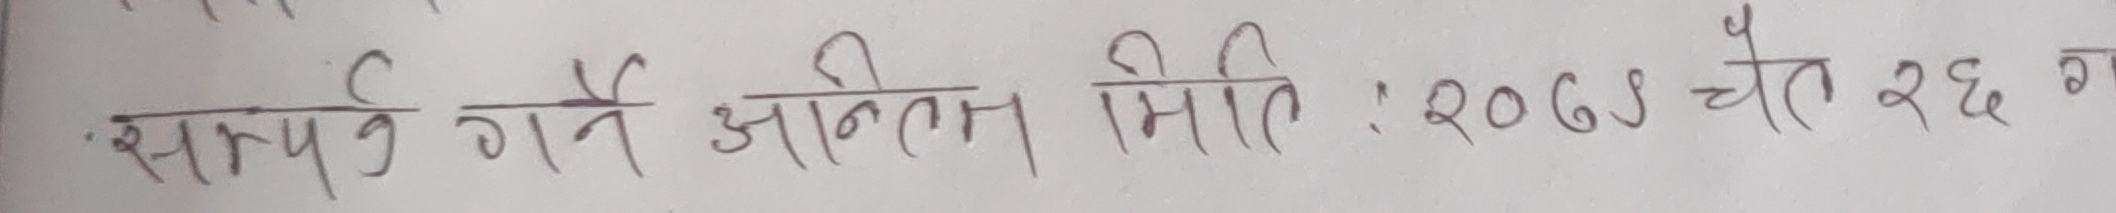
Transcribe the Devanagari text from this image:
. सम्पर्क गर्ने अन्तिम मिति : २०७३ चैत २६ गते